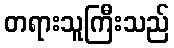
တရားသူကြီးသည်